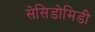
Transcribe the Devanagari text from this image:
सेसिडोमिडी